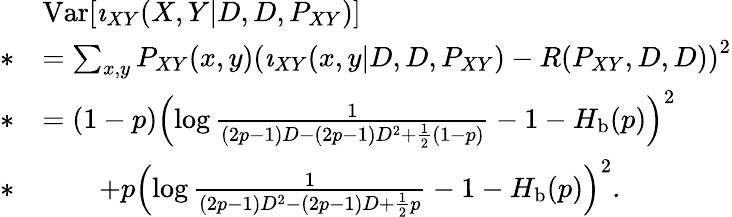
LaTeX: \begin{array}{rl}&{\mathrm{Var}[\imath_{XY}(X,Y|D,D,P_{XY})]}\\ {*}&{=\sum_{x,y}P_{XY}(x,y)\left(\imath_{XY}(x,y|D,D,P_{XY})-R(P_{XY},D,D)\right)^{2}}\\ {*}&{=(1-p)\left(\log\frac{1}{(2p-1)D-(2p-1)D^{2}+\frac{1}{2}(1-p)}-1-H_{\mathrm{b}}(p)\right)^{2}}\\ {*}&{\qquad+p\left(\log\frac{1}{(2p-1)D^{2}-(2p-1)D+\frac{1}{2}p}-1-H_{\mathrm{b}}(p)\right)^{2}.}\end{array}